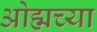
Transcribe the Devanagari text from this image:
ओह्मच्या